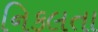
નિકલતા